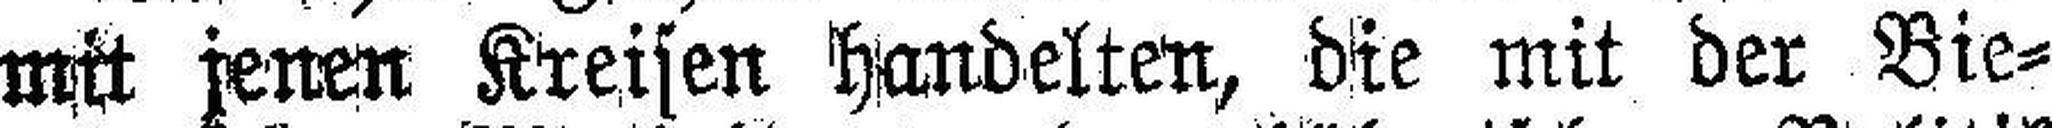
mit jenen Kreisen handelten, die mit der Bie¬